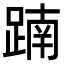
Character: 𨂾